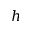
h